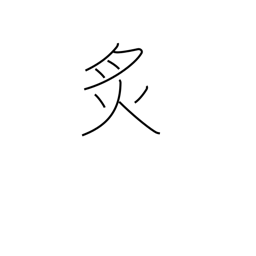
Meaning: cauterize